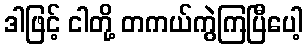
ဒါဖြင့် ငါတို့ တကယ်ကွဲကြပြီပေါ့